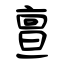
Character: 亶